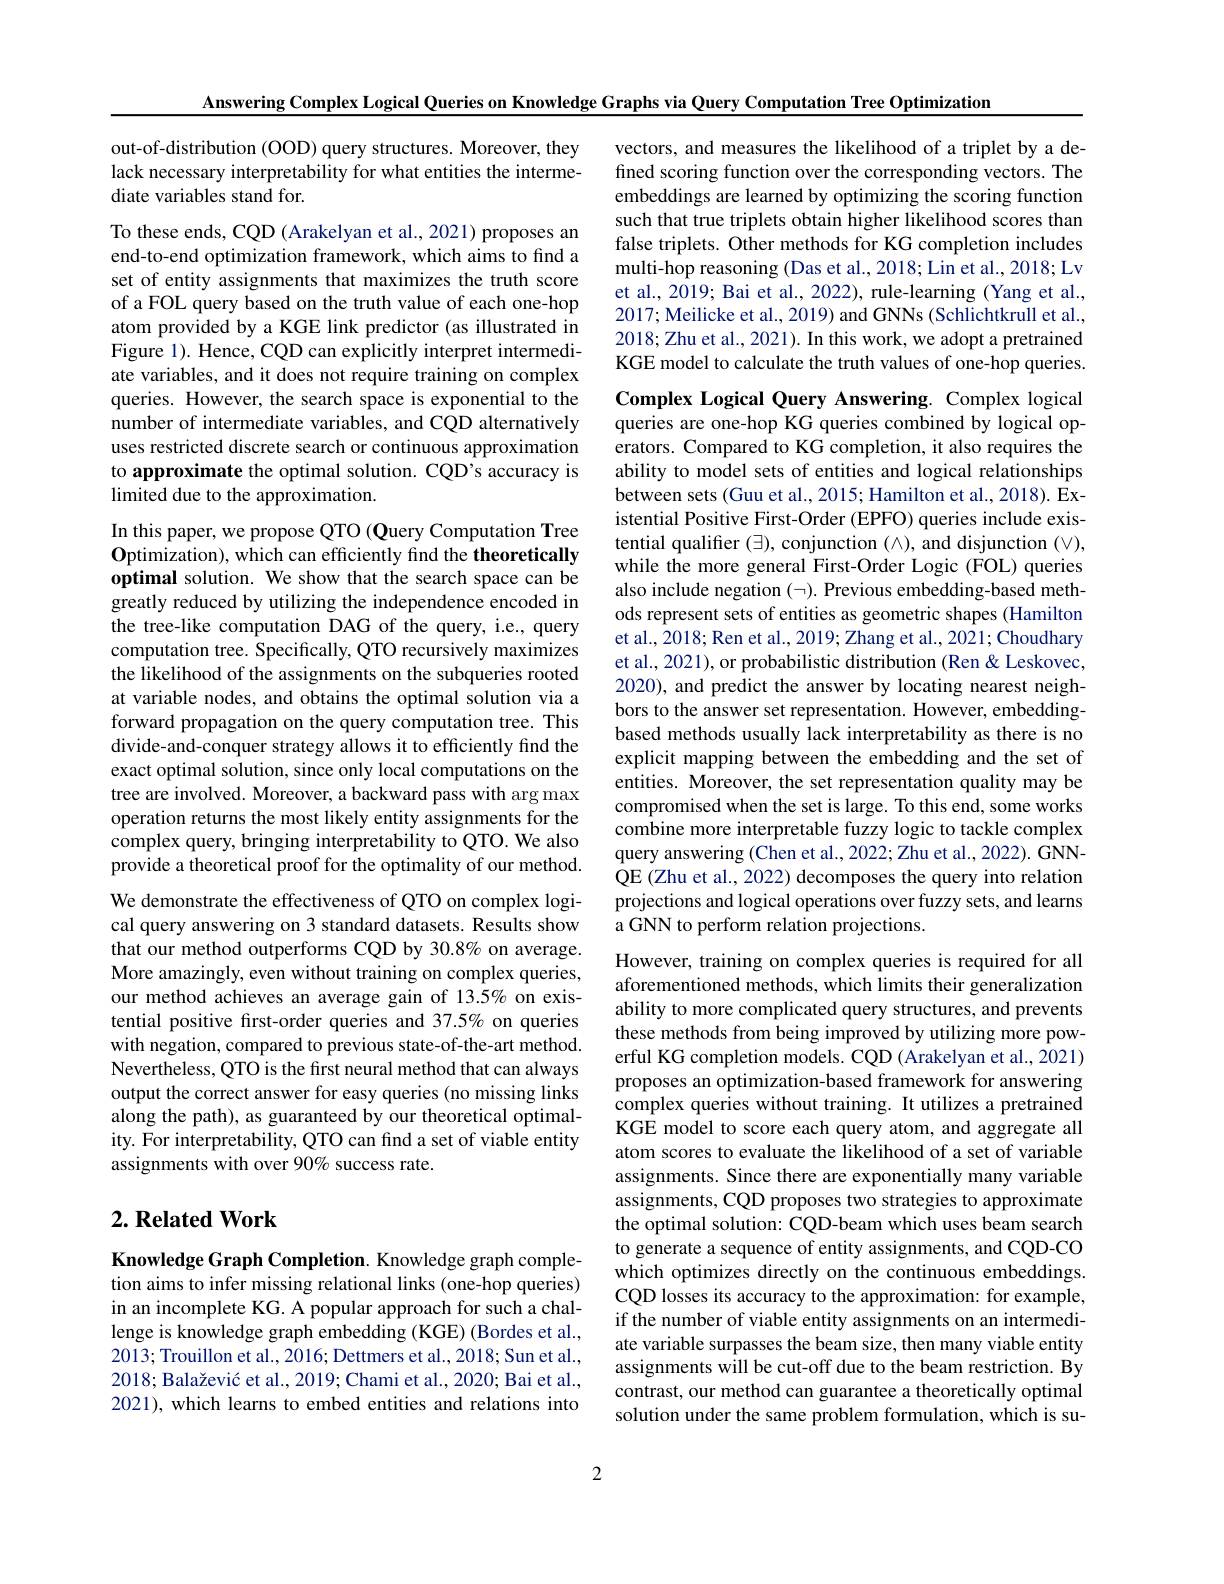
Answering Complex Logical Queries on Knowledge Graphs via Query Computation Tree Optimization

out-of-distribution (OOD) query structures. Moreover, they lack necessary interpretability for what entities the intermediate variables stand for.

vectors, and measures the likelihood of a triplet by a defined scoring function over the corresponding vectors. The embeddings are learned by optimizing the scoring function such that true triplets obtain higher likelihood scores than false triplets. Other methods for KG completion includes multi-hop reasoning (Das et al., 2018; Lin et al., 2018; Lv et al., 2019; Bai et al., 2022), rule-learning (Yang et al., 2017; Meilicke et al., 2019) and GNNs (Schlichtkrull et al., 2018;Zhu et al., 2021). In this work, we adopt a pretrained KGE model to calculate the truth values of one-hop queries.

To these ends, CQD (Arakelyan et al., 2021) proposes an end-to-end optimization framework, which aims to find a set of entity assignments that maximizes the truth score of a FOL query based on the truth value of each one-hop atom provided by a KGE link predictor (as illustrated in Figure 1). Hence, CQD can explicitly interpret intermediate variables, and it does not require training on complex queries. However, the search space is exponential to the number of intermediate variables, and CQD alternatively uses restricted discrete search or continuous approximation to approximate the optimal solution. CQD's accuracy is limited due to the approximation.

Complex Logical Query Answering. Complex logical queries are one-hop KG queries combined by logical operators. Compared to KG completion, it also requires the ability to model sets of entities and logical relationships between sets (Guu et al., 2015; Hamilton et al., 2018). Existential Positive First-Order (EPFO) queries include existential qualifer ($\exists)$, conjunction ($\wedge)$, and disjunction ($\vee)$, while the more general First-Order Logic (FOL) queries also include negation $(\neg).$ Previous embedding-based methods represent sets of entities as geometric shapes (Hamilton et al., 2018; Ren et al., 2019; Zhang et al., 2021; Choudhary et al., 2021), or probabilistic distribution (Ren & Leskovec, 2020), and predict the answer by locating nearest neighbors to the answer set representation. However, embeddingbased methods usually lack interpretability as there is no explicit mapping between the embedding and the set of entities. Moreover, the set representation quality may be compromised when the set is large. To this end, some works combine more interpretable fuzzy logic to tackle complex query answering (Chen et al., 2022; Zhu et al., 2022). GNNQE (Zhu et al., 2022) decomposes the query into relation projections and logical operations over fuzzy sets, and learns a GNN to perform relation projections.
However, training on complex queries is required for all aforementioned methods, which limits their generalization ability to more complicated query structures, and prevents these methods from being improved by utilizing more powerful KG completion models. CQD (Arakelyan et al., 2021) proposes an optimization-based framework for answering complex queries without training. It utilizes a pretrained KGE model to score each query atom, and aggregate all atom scores to evaluate the likelihood of a set of variable assignments. Since there are exponentially many variable assignments, CQD proposes two strategies to approximate the optimal solution: CQD-beam which uses beam search to generate a sequence of entity assignments, and CQD-CO which optimizes directly on the continuous embeddings. CQD losses its accuracy to the approximation: for example, if the number of viable entity assignments on an intermediate variable surpasses the beam size, then many viable entity assignments will be cut-off due to the beam restriction. By contrast, our method can guarantee a theoretically optimal solution under the same problem formulation, which is su-
2

In this paper, we propose QTO (Query Computation Tree Optimization), which can efficiently find the theoretically optimal solution. We show that the search space can be greatly reduced by utilizing the independence encoded in the tree-like computation DAG of the query, i.e., query computation tree. Specifically, QTO recursively maximizes the likelihood of the assignments on the subqueries rooted at variable nodes, and obtains the optimal solution via a forward propagation on the query computation tree. This divide-and-conquer strategy allows it to efficiently find the exact optimal solution, since only local computations on the tree are involved. Moreover, a backward pass with arg max operation returns the most likely entity assignments for the complex query, bringing interpretability to QTO. We also provide a theoretical proof for the optimality of our method. We demonstrate the effectiveness of QTO on complex logical query answering on 3 standard datasets. Results show that our method outperforms CQD by 30.8% on average. More amazingly, even without training on complex queries, our method achieves an average gain of 13.5% on existential positive first-order queries and 37.5% on queries with negation, compared to previous state-of-the-art method. Nevertheless, QTO is the first neural method that can always output the correct answer for easy queries (no missing links along the path), as guaranteed by our theoretical optimality. For interpretability, QTO can find a set of viable entity assignments with over 90% success rate.

## $2. \textbf{Related Work}$

Knowledge Graph Completion. Knowledge graph completion aims to infer missing relational links (one-hop queries) in an incomplete KG. A popular approach for such a challenge is knowledge graph embedding (KGE) (Bordes et al., 2013; Trouillon et al., 2016; Dettmers et al., 2018; Sun et al., $2018; \text{Bala\v{z} evi\'{c} et al. , 2019; Chami et al. , 2020; Bai et al. , }$ 2021), which learns to embed entities and relations into